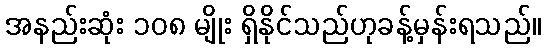
အနည်းဆုံး ၁၀၈ မျိုး ရှိနိုင်သည်ဟုခန့်မှန်းရသည်။